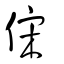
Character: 俕